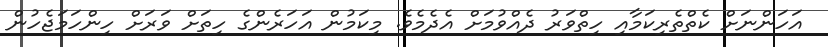
އަހަންނަށް ކެތްތެރިކަމާއި ހިތްވަރު ދެއްވުމަށް އެދެމެވެ. މިކަމުން އަހަރެންގެ ހިތަށް ވަރަށް ހިންހަމަޖެހުން